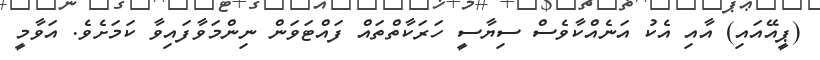
(ޕީއޭއައި) އާއި އެކު އަނެއްކާވެސް ސިޔާސީ ހަރަކާތްތައް ފައްޓަވަން ނިންމަވާފައިވާ ކަމަށެވެ. އަވާމީ